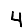
Digit: 4